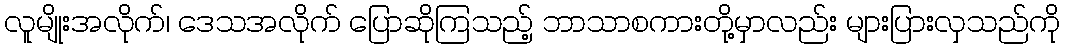
လူမျိုးအလိုက်၊ ဒေသအလိုက် ပြောဆိုကြသည့် ဘာသာစကားတို့မှာလည်း များပြားလှသည်ကို